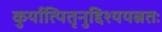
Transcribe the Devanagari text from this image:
कुर्यात्पितृनुद्दिश्ययत्नतः